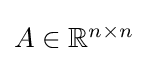
{\textstyle A\in \mathbb {R} ^{n\times n}}